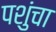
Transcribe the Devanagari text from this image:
पशुंचा